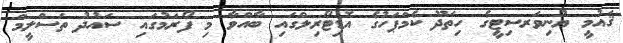
ޤައުމީ ޔުނިވަރސިޓީގެ ހިތަދޫ ކެމްޕަހުގެ އޮޑިޓޯރިލްގައި ބާއްވާ މި ފޯރަމުގައި ސައުދު ތަސްލީމް